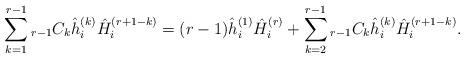
LaTeX: \begin{align*} \sum_{k = 1}^{r - 1} {}_{r - 1} C_{k} \hat{h}_{i}^{( k )} \hat{H}_{i}^{( r + 1 - k )} = ( r - 1 ) \hat{h}_{i}^{( 1 )} \hat{H}_{i}^{( r )} + \sum_{k = 2}^{r - 1} {}_{r - 1} C_{k} \hat{h}_{i}^{( k )} \hat{H}_{i}^{( r + 1 - k )}. \end{align*}